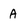
Character: A